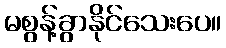
မစွန့်ခွာနိုင်သေးပေ။